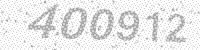
Solution: 400912